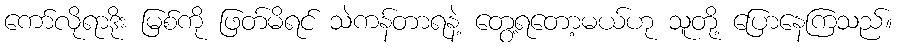
ကော်လိုရာဒိုး မြစ်ကို ဖြတ်မိရင် သဲကန်တာရနဲ့ တွေ့ရတော့မယ်ဟု သူတို့ ပြောနေကြသည်။